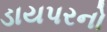
ડાયપરનો